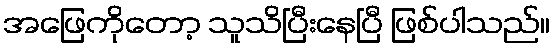
အဖြေကိုတော့ သူသိပြီးနေပြီ ဖြစ်ပါသည်။